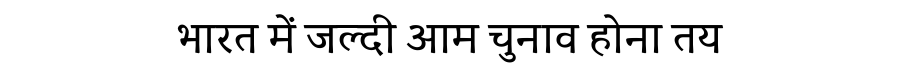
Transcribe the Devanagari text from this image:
भारत में जल्दी आम चुनाव होना तय